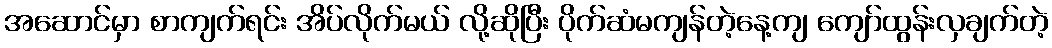
အဆောင်မှာ စာကျက်ရင်း အိပ်လိုက်မယ် လို့ဆိုပြီး ပိုက်ဆံမကျန်တဲ့နေ့ကျ ကျော်ထွန်းလှချက်တဲ့